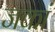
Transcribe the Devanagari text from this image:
जकां